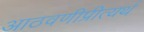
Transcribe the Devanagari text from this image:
आठवणीप्रीत्यर्थ